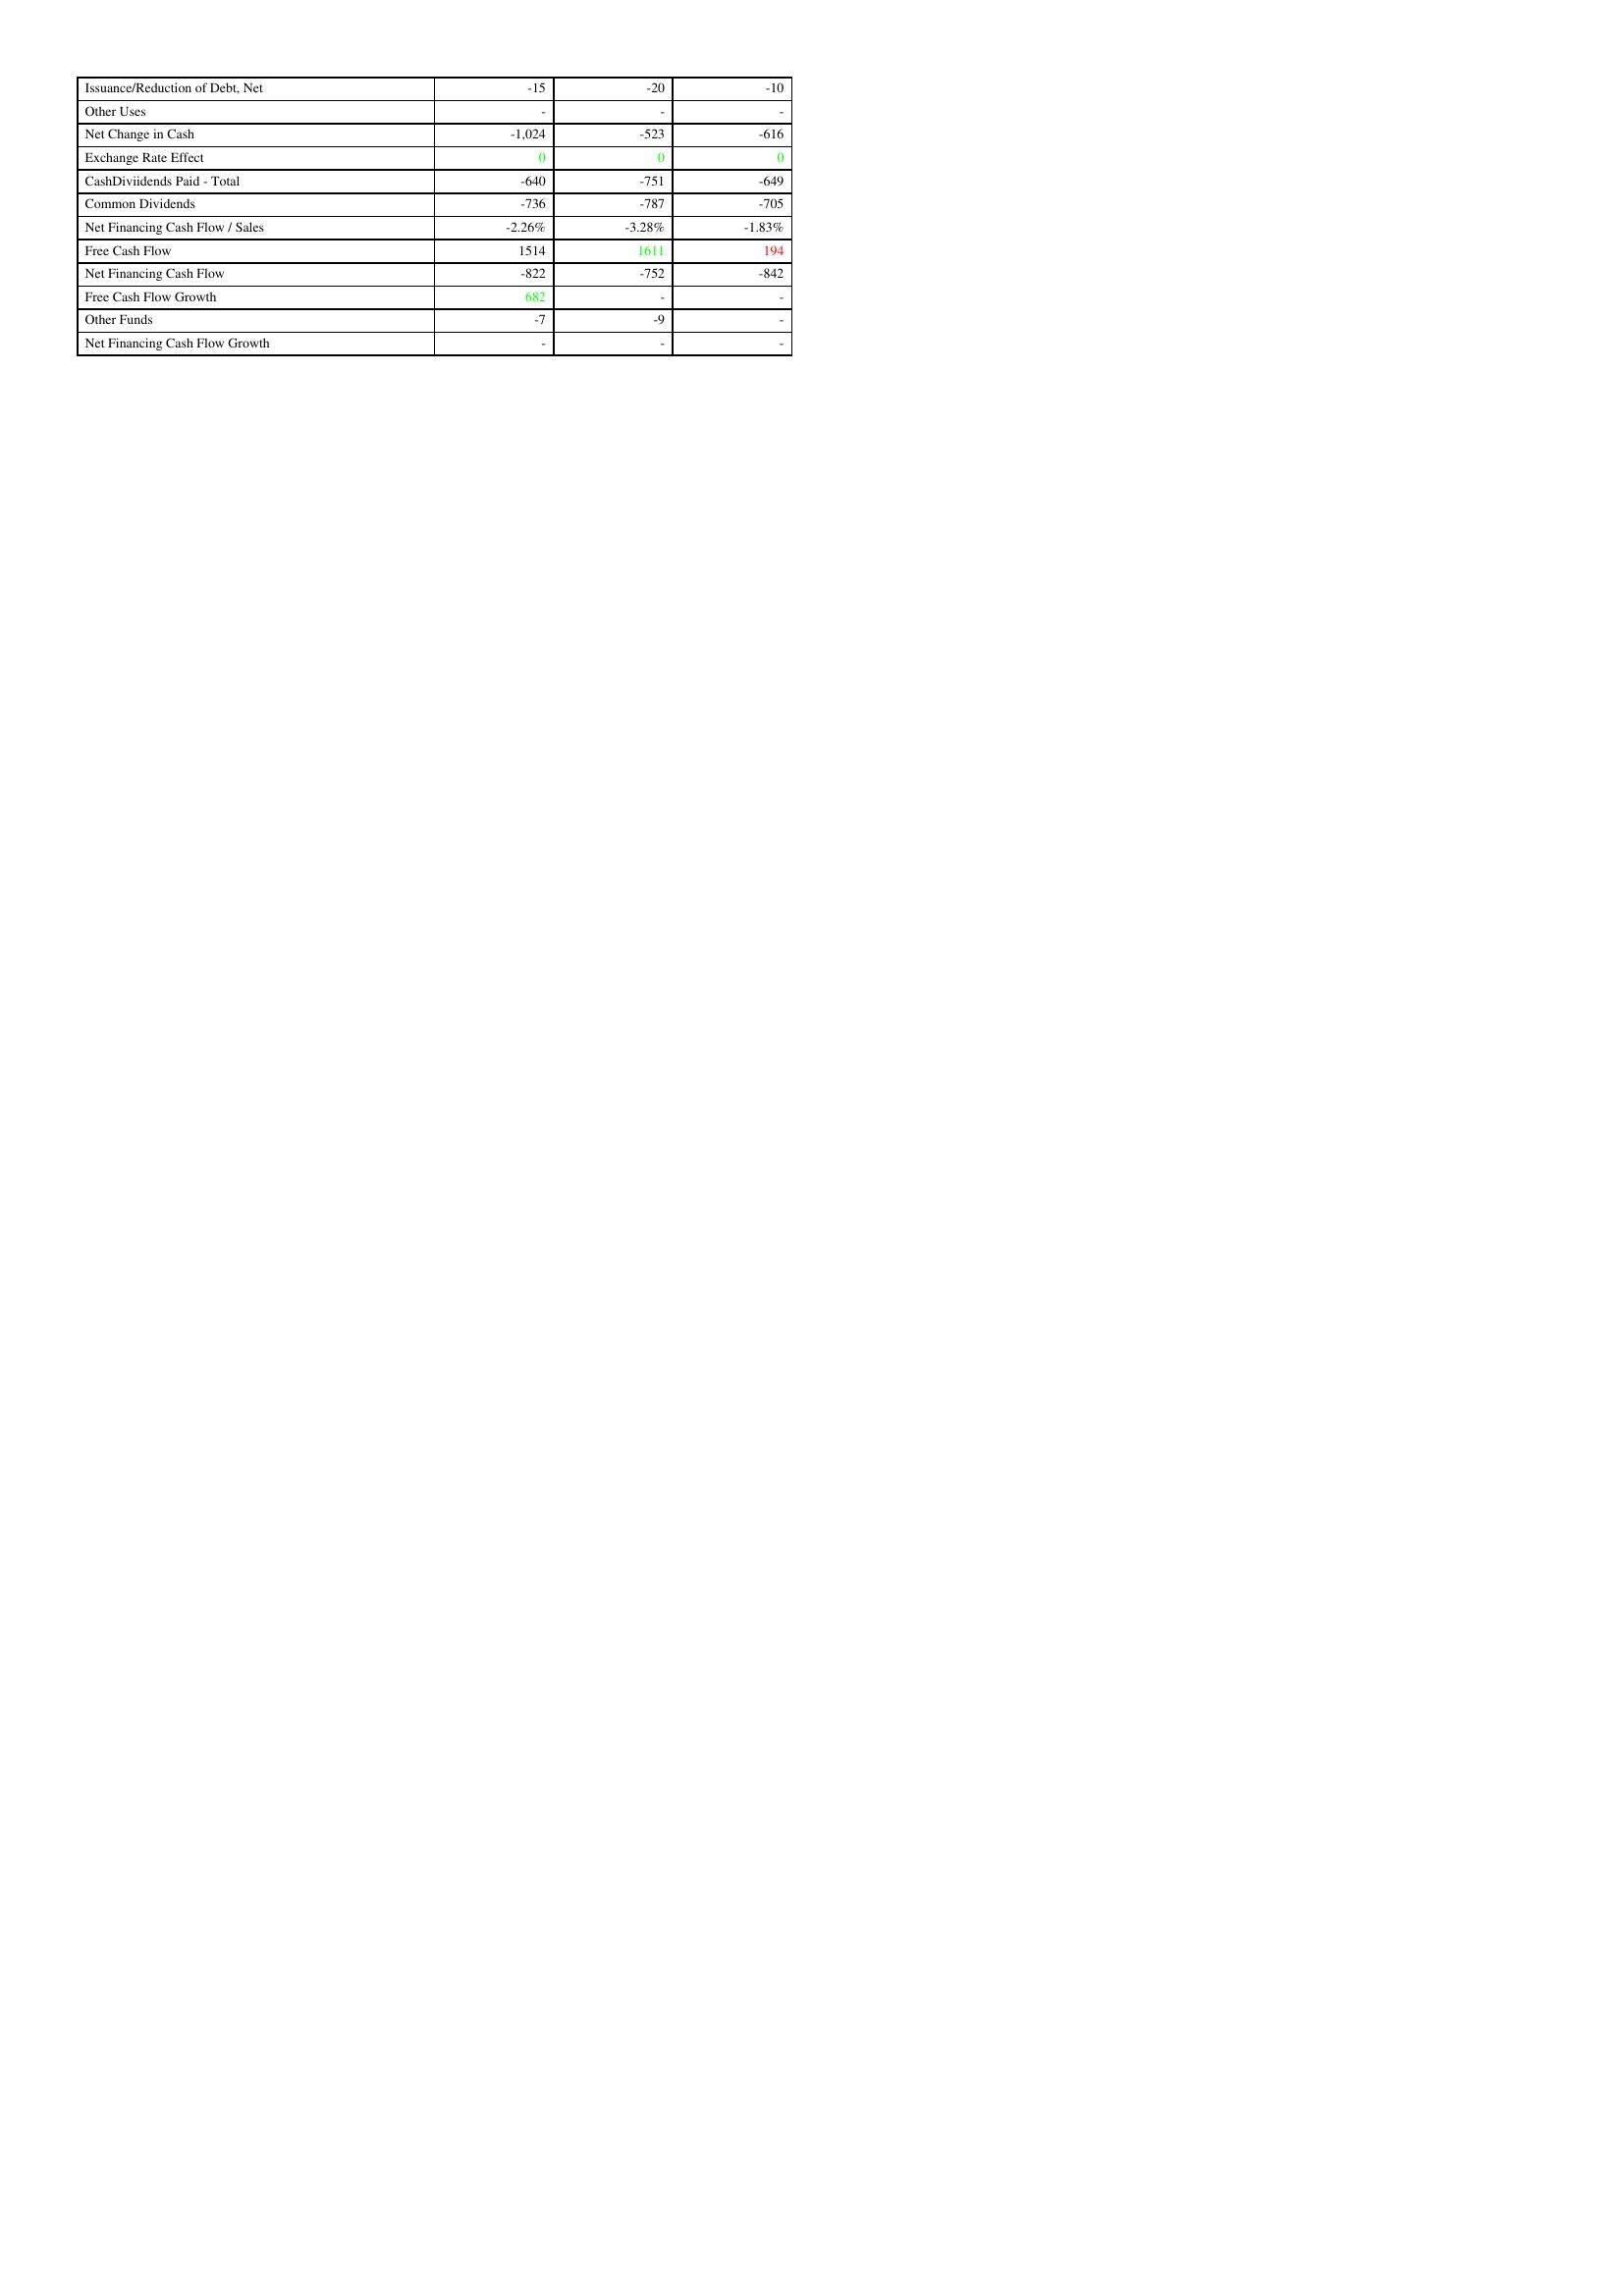
gt_parse: 2005: Financing Activities: Issuance/Reduction of Debt, Net: -15
Other Uses: -
Net Change in Cash: -1,024
Exchange Rate Effect: 0
CashDiviidends Paid - Total: -640
Common Dividends: -736
Net Financing Cash Flow / Sales: -2.26%
Free Cash Flow: 1514
Net Financing Cash Flow: -822
Free Cash Flow Growth: 682
Other Funds: -7
Net Financing Cash Flow Growth: -
2006: Financing Activities: Issuance/Reduction of Debt, Net: -20
Other Uses: -
Net Change in Cash: -523
Exchange Rate Effect: 0
CashDiviidends Paid - Total: -751
Common Dividends: -787
Net Financing Cash Flow / Sales: -3.28%
Free Cash Flow: 1611
Net Financing Cash Flow: -752
Free Cash Flow Growth: -
Other Funds: -9
Net Financing Cash Flow Growth: -
2007: Financing Activities: Issuance/Reduction of Debt, Net: -10
Other Uses: -
Net Change in Cash: -616
Exchange Rate Effect: 0
CashDiviidends Paid - Total: -649
Common Dividends: -705
Net Financing Cash Flow / Sales: -1.83%
Free Cash Flow: 194
Net Financing Cash Flow: -842
Free Cash Flow Growth: -
Other Funds: -
Net Financing Cash Flow Growth: -